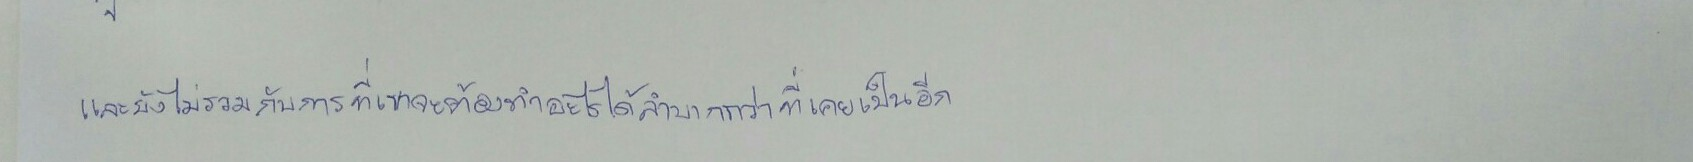
และยังไม่รวมกับการที่เขาจะต้องทำอะไรได้ลำบากกว่าที่เคยเป็นอีก